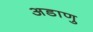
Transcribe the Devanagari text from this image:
अडाणु